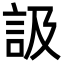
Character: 訯